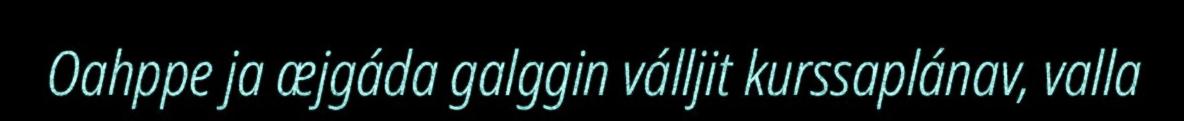
Oahppe ja æjgáda galggin válljit kurssaplánav, valla